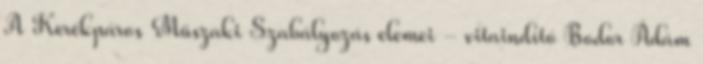
A Kerékpáros Műszaki Szabályozás elemei - vitaindító Bodor Ádám